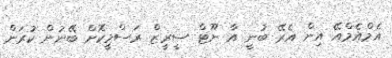
އެމްއެމްއޭ އިން އެރޭ ބުނީ އާ ނޫޓް ސީރީޒް ރަސްމީކޮށް ބޭނުން ކުރަން